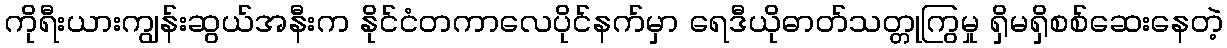
ကိုရီးယားကျွန်းဆွယ်အနီးက နိုင်ငံတကာလေပိုင်နက်မှာ ရေဒီယိုဓာတ်သတ္တုကြွမှု ရှိမရှိစစ်ဆေးနေတဲ့